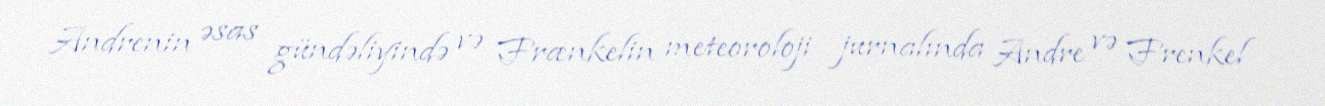
Andrenin əsas gündəliyində və Frænkelin meteoroloji jurnalında Andre və Frenkel